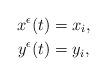
LaTeX: \begin{align*}x^\epsilon(t) &= x_i, \\y^\epsilon(t) &= y_i, \end{align*}